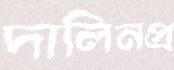
দালিনপ্র